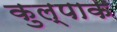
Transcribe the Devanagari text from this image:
कुल्पाक